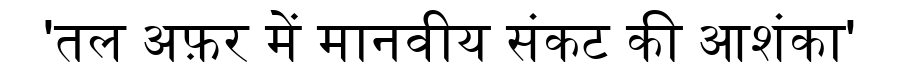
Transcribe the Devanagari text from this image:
'तल अफ़र में मानवीय संकट की आशंका'